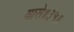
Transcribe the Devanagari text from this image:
यासे॥३५॥